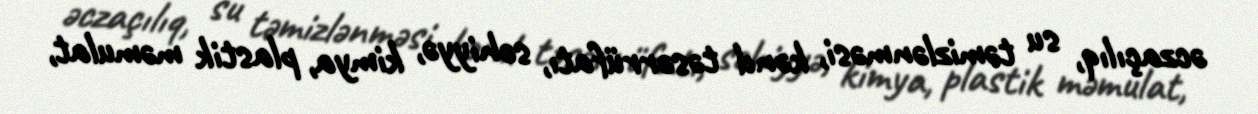
əczaçılıq, su təmizlənməsi, kənd təsərrüfatı, səhiyyə, kimya, plastik məmulat,